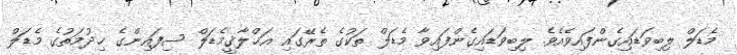
މެޑަލް ލިބިވަޑައިގެންފައިވެއެވެ. ލިބިވަޑައިގެންފައިވާ މެޑަލް ތަކުގެ ތެރޭގައި އަޚްލާޤީމެޑަލް ސިފައިންގެ ޚިދުމަތުގެ މެޑަލް